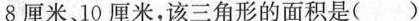
8厘米、10厘米，该三角形的面积是( )